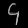
Digit: ၄